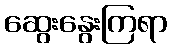
ဆွေးနွေးကြရာ